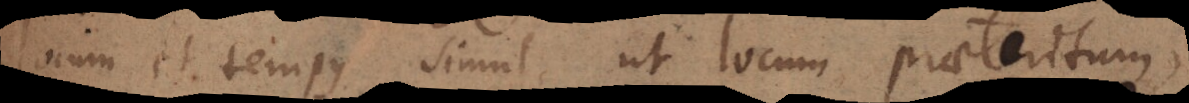
locum et tempus simul ut locum praeteritum,